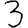
Digit: 3